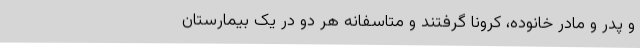
و پدر و مادر خانوده، کرونا گرفتند و متاسفانه هر دو در یک بیمارستان